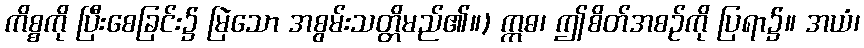
ကိစ္စကို ပြီးစေခြင်း၌ မြဲသော အစွမ်းသတ္တိမည်၏။) ဣဓ၊ ဤစိတ်အစဉ်ကို ပြရာ၌။ အယံ၊